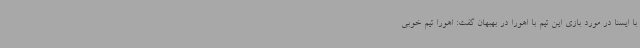
با ایسنا در مورد بازی این تیم با اهورا در بهبهان گفت: اهورا تیم خوبی